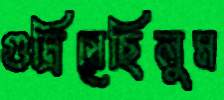
গুম্‌রিয়েছিলুম